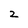
Character: 2